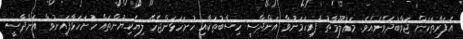
އެފަރާތަކަށް ޖަވާބުދެވޭނެއެވެ. މަޢުލޫމާތު ފުރިހަމަނުވާ އަންދާސީ ހިސާބުތަކާއި ހުށަހަޅަންޖެހޭ ލިޔެކިޔުންތައް ހުށަހަޅާފައިނުވާ އަންދާސީ